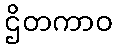
ဌိတကာဝ